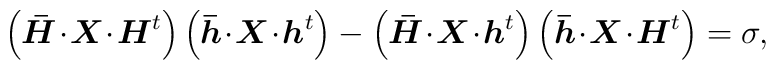
\left(\mbox{\boldmath $\bar H$}\!\cdot\!        \mbox{\boldmath $X$}\!\cdot\!        \mbox{\boldmath $H$}^t  \right)  \left(\mbox{\boldmath $\bar h$}\!\cdot\!        \mbox{\boldmath $X$}\!\cdot\!        \mbox{\boldmath $h$}^t  \right)-  \left(\mbox{\boldmath $\bar H$}\!\cdot\!        \mbox{\boldmath $X$}\!\cdot\!        \mbox{\boldmath $h$}^t  \right)  \left(\mbox{\boldmath $\bar h$}\!\cdot\!        \mbox{\boldmath $X$}\!\cdot\!        \mbox{\boldmath $H$}^t  \right)  = \sigma,